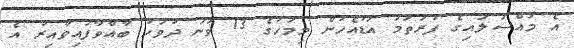
އެ މައްސަލައިގެ ފުރަތަމަ އަޑުއެހުން މިމަހުގެ 13 ވަނަ ދުވަހު ބާއްވާފައިވާއިރު އެ